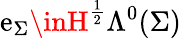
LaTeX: \mathrm{e}_{\Sigma}\inH^{\frac{{1}}{{2}}}\Lambda^{0}(\Sigma)